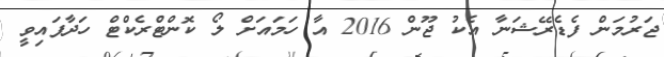
ޖަރުމަން ފެޑެރޭޝަނާ އެކު ޖޫން 2016 އާ ހަމައަށް ލޯ ކޮންޓްރެކްޓް ހަދާފައިވީ